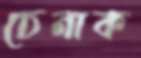
চেনাক